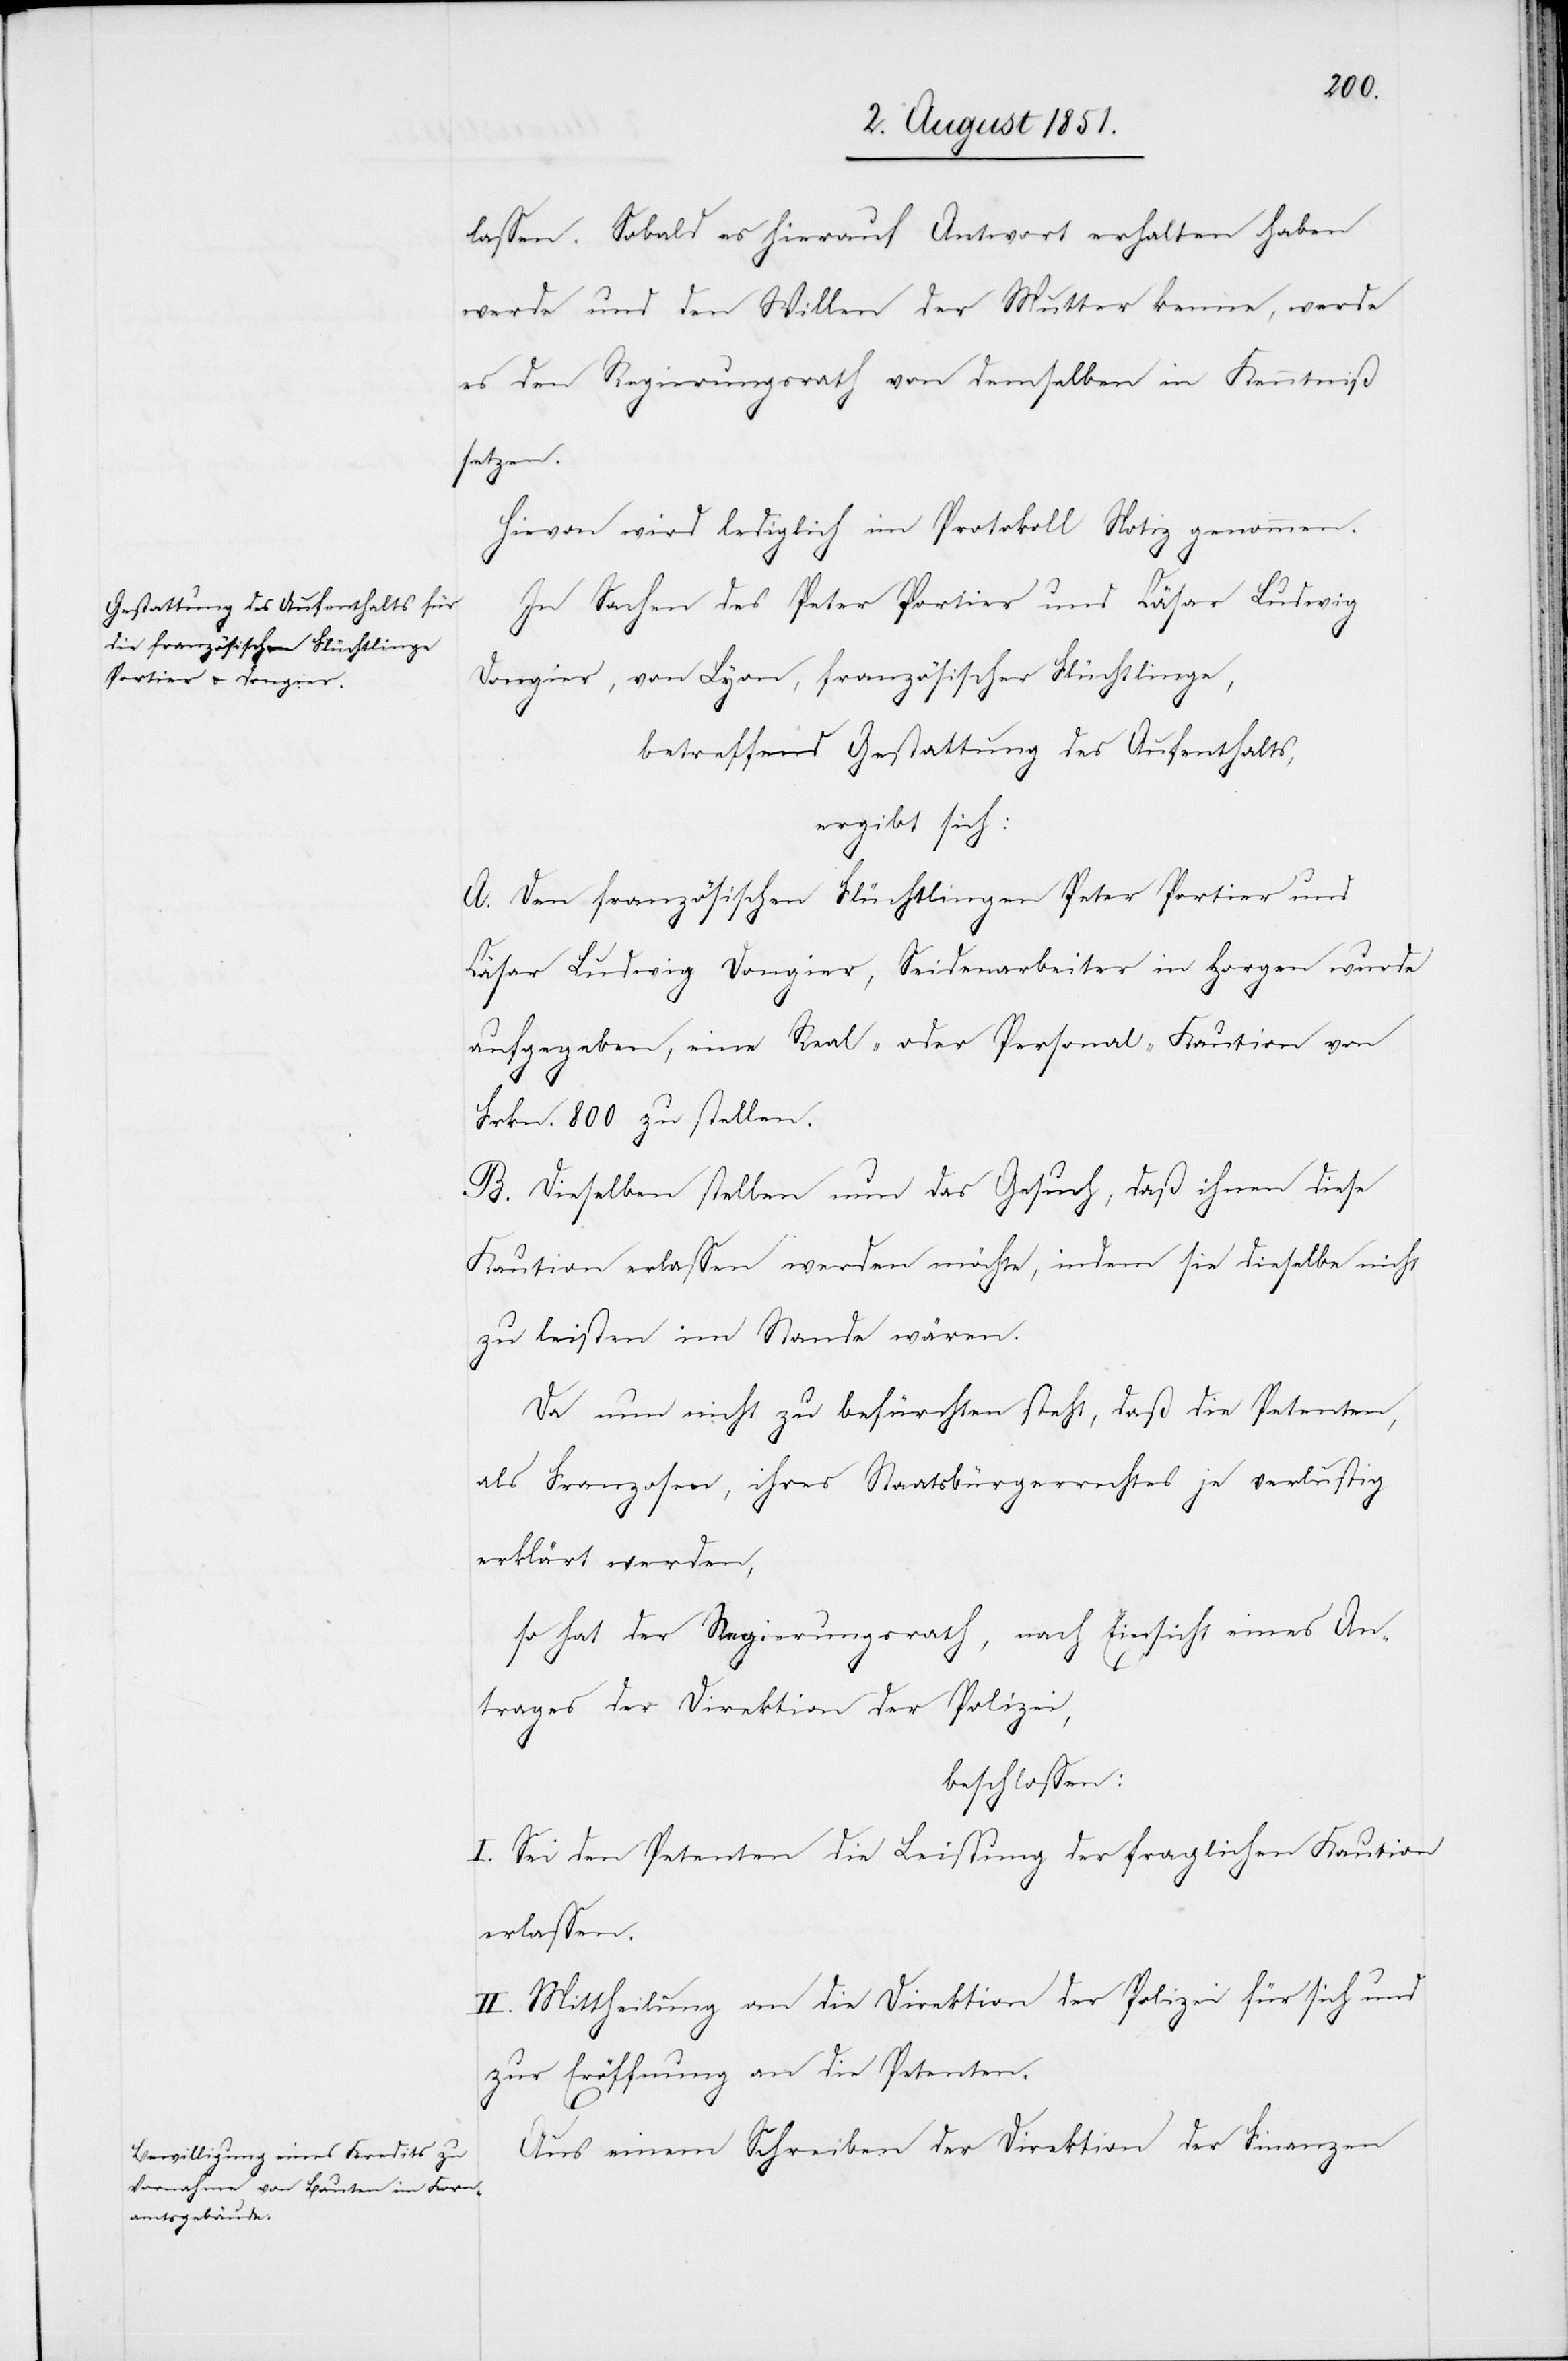
lassen. Sobald es hierauf Antwort erhalten haben
werde und den Willen der Mutter kenne, werde
es den Regierungsrath von demselben in Kenntniß
setzen.
Hievon wird lediglich im Protokoll Notiz genommen.
In Sachen des Peter Portier und Cäsar Ludwig
Dongier, von Lyon, französischer Flüchtlinge,
betreffend Gestattung des Aufenthalts,
ergibt sich:
A. Den französischen Flüchtlingen Peter Portier und
Cäsar Ludwig Dongier, Seidenarbeiter in Horgen wurde
aufgegeben, eine Real- oder Personal-Kaution von
Frkn. 800 zu stellen.
B. Dieselben stellen nun das Gesuch, daß ihnen diese
Kaution erlassen werden möchte, indem sie dieselbe nicht
zu leisten im Stande wären.
Da nun nicht zu befürchten steht, daß die Petenten,
als Franzosen, ihres Staatsbürgerrechtes je verlustig
erklärt werden,
so hat der Regierungsrath, nach Einsicht eines An¬
trages der Direktion der Polizei,
beschlossen:
I. Sei den Petenten die Leistung der fraglichen Kaution
erlassen.
II. Mittheilung an die Direktion der Polizei für sich und
zur Eröffnung an die Petenten.
Aus einem Schreiben der Direktion der Finanzen